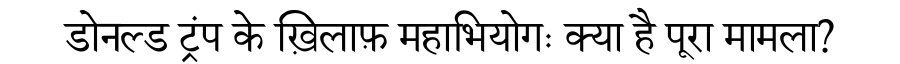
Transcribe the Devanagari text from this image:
डोनल्ड ट्रंप के ख़िलाफ़ महाभियोगः क्या है पूरा मामला?